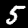
Label: 5